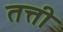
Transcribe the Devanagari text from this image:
तत्ती